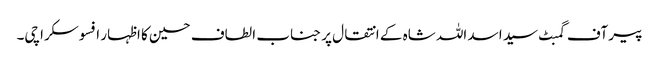
پیر آف گمبٹ سید اسد اللہ شاہ کے انتقال پر جناب الطاف حسین کا اظہار افسوسکراچی۔